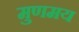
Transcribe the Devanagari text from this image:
मुणमय